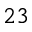
^ { 2 3 }